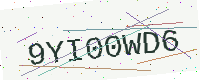
Text: 9YI00WD6